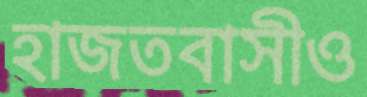
হাজতবাসীও